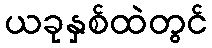
ယခုနှစ်ထဲတွင်